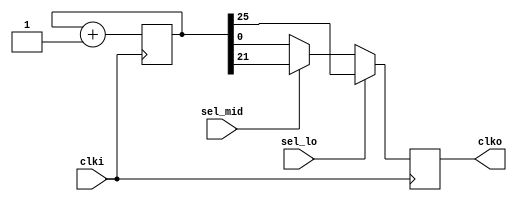
module mfp_clock_divider
(
    input      clki,
    input      sel_lo,
    input      sel_mid,
    output reg clko
);

    // 50 MHz / 2 ** 26 = 0.75 Hz

    parameter DIV_POW_FASTEST = 1;
    parameter DIV_POW_SLOWEST = 26;

    reg [DIV_POW_SLOWEST - 1: 0] counter;

    always @ (posedge clki)
        counter <= counter + 1'b1;

    always @ (posedge clki)
	clko <= sel_lo  ? counter [DIV_POW_SLOWEST - 1] : 
                sel_mid ? counter [DIV_POW_SLOWEST - 5] :
                          counter [DIV_POW_FASTEST - 1] ;

endmodule

//--------------------------------------------------------------------

module mfp_clock_divider_100_MHz_to_25_MHz_12_Hz_0_75_Hz
(
    input  clki,
    input  sel_lo,
    input  sel_mid,
    output clko
);

    mfp_clock_divider # (.DIV_POW_FASTEST (2), .DIV_POW_SLOWEST (27))
    mfp_clock_divider (clki, sel_lo, sel_mid, clko);

endmodule

//--------------------------------------------------------------------

module mfp_clock_divider_50_MHz_to_25_MHz_12_Hz_0_75_Hz
(
    input  clki,
    input  sel_lo,
    input  sel_mid,
    output clko
);

    mfp_clock_divider # (.DIV_POW_FASTEST (1), .DIV_POW_SLOWEST (26))
    mfp_clock_divider (clki, sel_lo, sel_mid, clko);

endmodule

//--------------------------------------------------------------------

module mfp_clock_divider_100_MHz_to_763_Hz
(
    input  clki,
    output clko
);

    mfp_clock_divider
    # (.DIV_POW_SLOWEST (17))
    mfp_clock_divider
    (
        .clki    ( clki ),
        .sel_lo  ( 1'b1 ),
        .sel_mid ( 1'b0 ),
        .clko    ( clko )
    );

endmodule